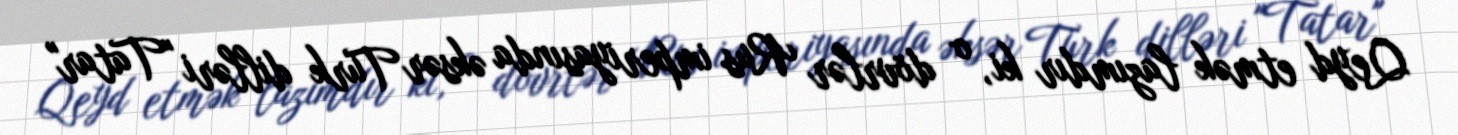
Qeyd etmək lazımdır ki, o dövrlər Rus imperiyasında əksər Türk dilləri "Tatar"